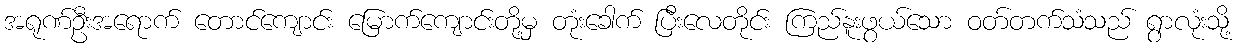
အရုဏ်ဦးအရောက် တောင်ကျောင်း မြောက်ကျောင်းတို့မှ တုံးခေါက် ပြီးလေတိုင်း ကြည်နူးဖွယ်သော ဝတ်တက်သံသည် ရွာလုံးသို့